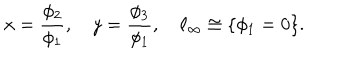
LaTeX: x = { \frac { \phi _ { 2 } } { \phi _ { 1 } } } , \quad y = { \frac { \phi _ { 3 } } { \phi _ { 1 } } } , \quad \ell _ { \infty } \cong \{ \phi _ { 1 } = 0 \} .